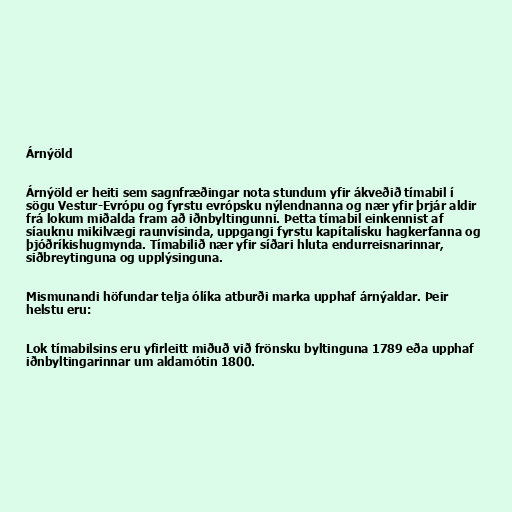
Árnýöld

Árnýöld er heiti sem sagnfræðingar nota stundum yfir ákveðið tímabil í
sögu Vestur-Evrópu og fyrstu evrópsku nýlendnanna og nær yfir þrjár aldir
frá lokum miðalda fram að iðnbyltingunni. Þetta tímabil einkennist af
síauknu mikilvægi raunvísinda, uppgangi fyrstu kapítalísku hagkerfanna og
þjóðríkishugmynda. Tímabilið nær yfir síðari hluta endurreisnarinnar,
siðbreytinguna og upplýsinguna.

Mismunandi höfundar telja ólíka atburði marka upphaf árnýaldar. Þeir
helstu eru:

Lok tímabilsins eru yfirleitt miðuð við frönsku byltinguna 1789 eða upphaf
iðnbyltingarinnar um aldamótin 1800.